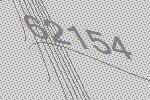
62154